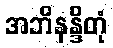
အဘိနန္ဒိတုံ